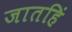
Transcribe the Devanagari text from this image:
जातहिं